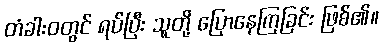
တံခါးဝတွင် ရပ်ပြီး သူတို့ ပြောနေကြခြင်း ဖြစ်၏။